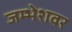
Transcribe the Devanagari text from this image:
जम्भेशवर